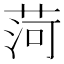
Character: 菏